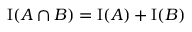
\mathrm { I } ( A \cap B ) = \mathrm { I } ( A ) + \mathrm { I } ( B )